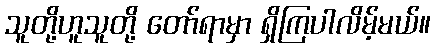
သူတို့ဟူသူတို့ တော်ရာမှာ ရှိကြပါလိမ့်မယ်။